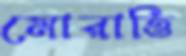
মোরাত্তি